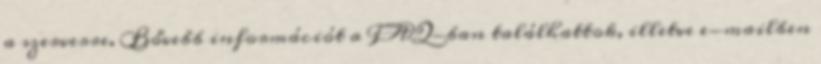
a szerverre. Bővebb információt a FAQ-ban találhattok, illetve e-mailben